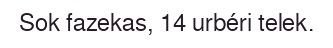
Sok fazekas, 14 urbéri telek.